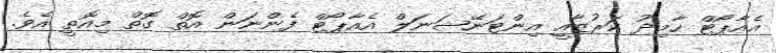
އެއާޕޯޓް ހާމިދު ކަރުޒާއީ އިންޓަނޭޝަނަލް އެއާޕޯޓް ފެންނަން އޮތް ގޮތް މިއޮތީ އެވެ.